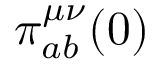
\pi _ { a b } ^ { \mu \nu } ( 0 )